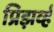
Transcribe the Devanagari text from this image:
प्रिझर्व्ह